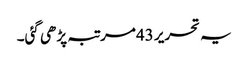
یہ تحریر 43مرتبہ پڑھی گئی۔